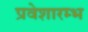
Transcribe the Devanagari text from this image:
प्रवेशारम्भ